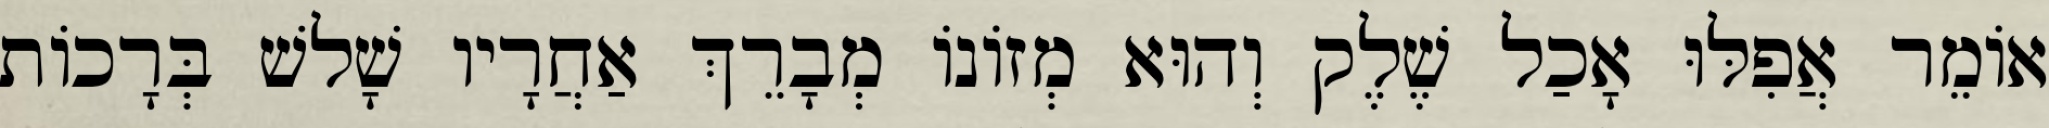
אוֹמֵר אֲפִלּוּ אָכַל שֶׁלֶק וְהוּא מְזוֹנוֹ מְבָרֵךְ אַחֲרָיו שָׁלשׁ בְּרָכוֹת